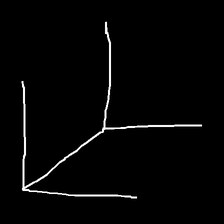
Glyph: gather